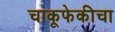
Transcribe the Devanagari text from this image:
चाकूफेकीचा